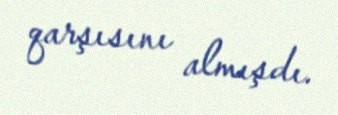
qarşısını almışdı.